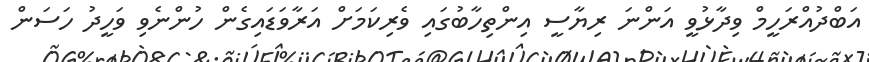
އަބްދުއްރަހީމް ވިދާޅުވީ އަންނަ ރިޔާސީ އިންތިހާބުގައި ވެރިކަމަށް އަރާވަޑައިގެން ހުންނެވި ވަހީދު ހަސަން